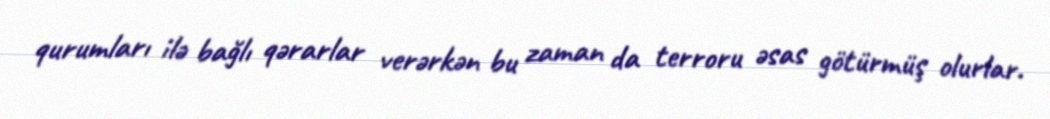
qurumları ilə bağlı qərarlar verərkən bu zaman da terroru əsas götürmüş olurlar.